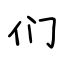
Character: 们